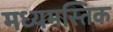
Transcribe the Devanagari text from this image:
मध्यमस्तिक